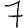
Digit: 7